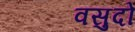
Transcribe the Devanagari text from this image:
वसुदो